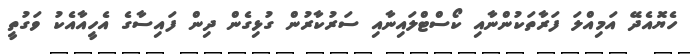
ހެޔޮއެދޭ އަމިއްލަ ފަރާތަކުންނާއި ކޯސްޓްލައިނާއި ސަރުކާރުން ގުޅިގެން ދިން ފައިސާގެ އެހީއާއެކު ވަގުތީ